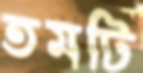
তমটি